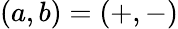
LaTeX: (a,b)=(+,-)